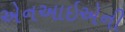
એનઆઇએની